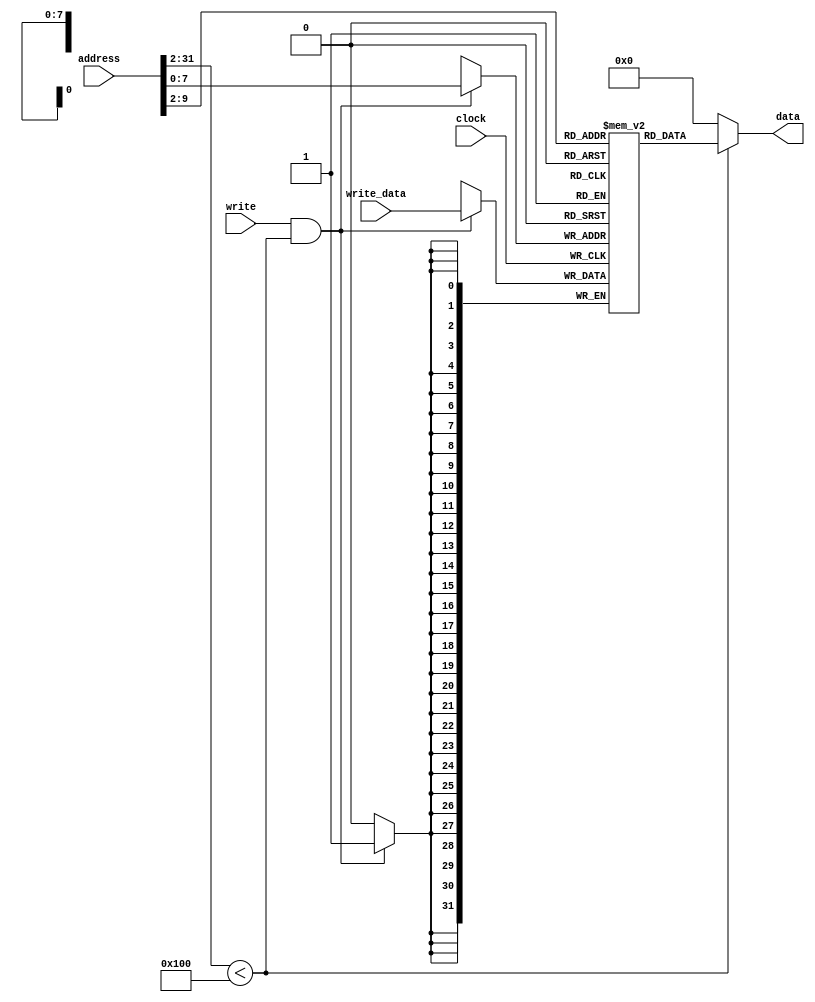
module ram 
#(parameter SIZE = 256) (
	input  clock,
	input  write,
	input  [31:0] write_data,
	input  [31:0] address,
	output [31:0] data
);
	reg [31:0] mem [0 : SIZE - 1];      
	assign data = address[31:2] < SIZE ? mem[address[31:2]] : 32'b0;

	always @(posedge clock) begin
		if (write && address[31:2] < SIZE) begin
			mem [address] = write_data;
		end
	end

endmodule